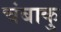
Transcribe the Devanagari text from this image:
चंबाकु